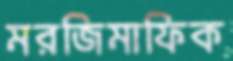
মরজিমাফিক